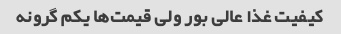
کیفیت غذا عالی بور ولی قیمت‌ها یکم گرونه